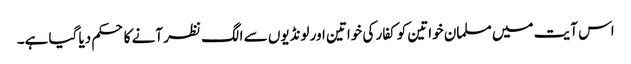
اس آیت میں مسلمان خواتین کو کفار کی خواتین اور لونڈیوں سے الگ نظر آنے کا حکم دیا گیا ہے۔